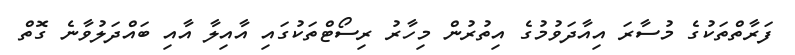
ފަރާތްތަކުގެ މުސާރަ އިއާދަވުމުގެ އިތުރުން މިހާރު ރިސޯޓްތަކުގައި އާއިލާ އާއި ބައްދަލުވާނެ ގޮތް